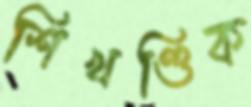
শিখণ্ডিক